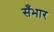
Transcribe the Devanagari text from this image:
सँभार